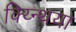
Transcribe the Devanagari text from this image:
क्य्न्थिया